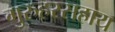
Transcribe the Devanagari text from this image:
गुरुहरसहाय